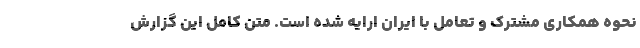
نحوه همکاری مشترک و تعامل با ایران ارایه شده است. متن کامل این گزارش